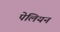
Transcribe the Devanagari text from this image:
पेलियन